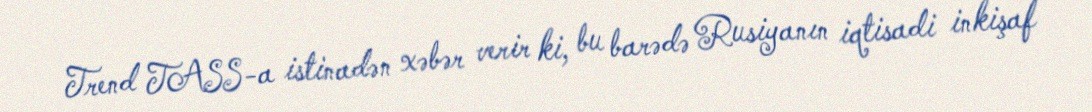
Trend TASS-a istinadən xəbər verir ki, bu barədə Rusiyanın iqtisadi inkişaf